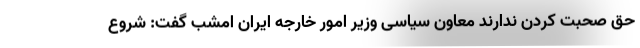
حق صحبت کردن ندارند معاون سیاسی وزیر امور خارجه ایران امشب گفت: شروع